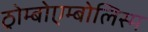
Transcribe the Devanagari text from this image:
ठ्रोम्बोएम्बोलिस्म